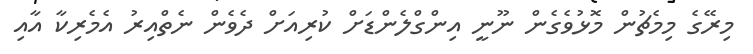
މިރޭގެ މިމެޗުން މޮޅުވެގެން ނޫނީ އިންގްލެންޑަށް ކުރިއަށް ދެވެން ނެތްއިރު އެމެރިކާ އާއި